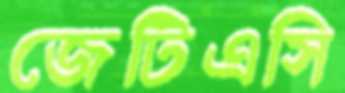
জেটিএসি